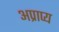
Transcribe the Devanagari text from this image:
अप्राप्‍य